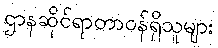
ဌာနဆိုင်ရာတာဝန်ရှိသူများ